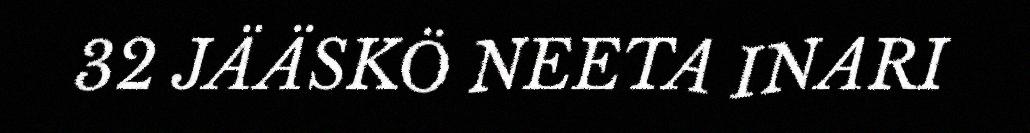
32 JÄÄSKÖ NEETA INARI